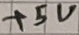
Text: +5V